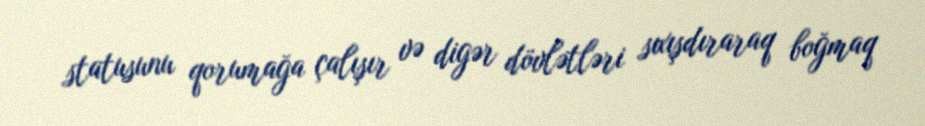
statusunu qorumağa çalışır və digər dövlətləri sıxışdıraraq boğmaq